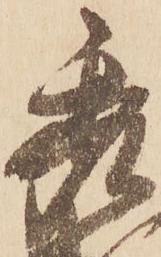
秀